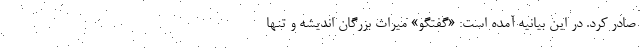
صادر کرد. در این بیانیه آمده است: «گفتگو» میراث بزرگان اندیشه و تنها